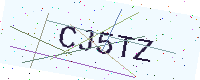
Text: CJ5TZ